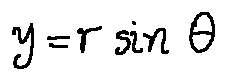
y = r \sin \theta